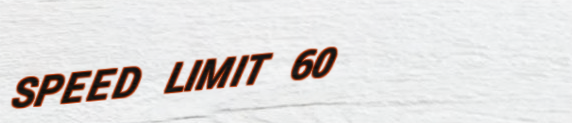
SPEED LIMIT 60